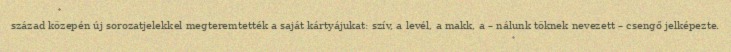
század közepén új sorozatjelekkel megteremtették a saját kártyájukat: szív, a levél, a makk, a – nálunk töknek nevezett – csengő jelképezte.